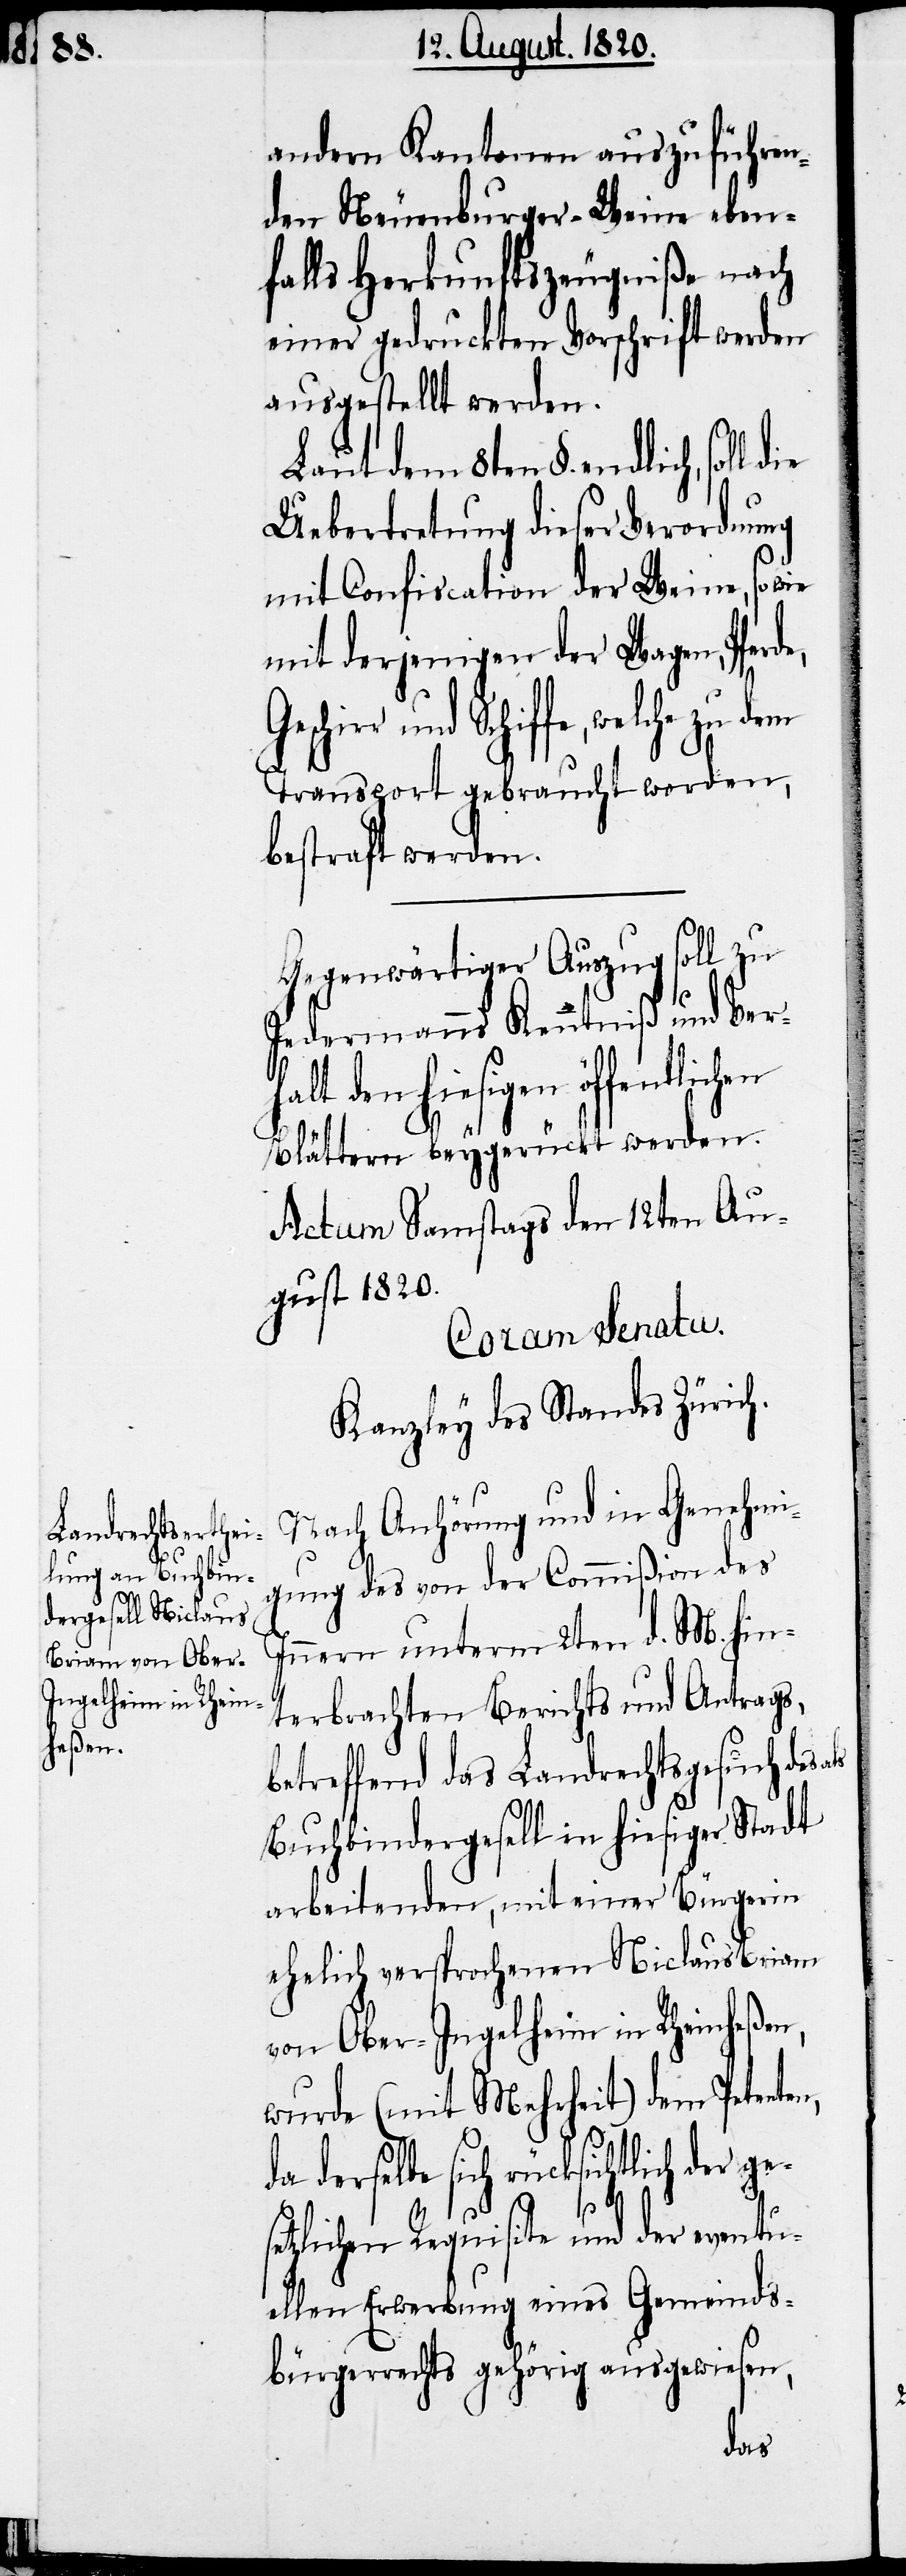
Gesc¬

andern Kantonen auszuführen¬
den Neuenburger-Weine eben¬
falls Herkunftszeugniße nach
einer gedruckten Vorschrift werden
ausgestellt werden.
Uebertretung dieser Verordnung
mit Confiscation der Weine, sowie
mit derjenigen der Wagen, Pfer¬
hirr und Schiffe, welche zu
Transport gebraucht werden,
bestraft werden.
Gegenwärtiger Auszug soll zu
Jedermanns Kenntniß und Verh¬
alt den hiesigen
Blättern beygerückt werden.
Actum Samstag den 12ten Au¬
gust 1820.
Coram Senatu.
Kanzley des Standes Zürich.
Nach Anhörung und in Genehmi¬
gung des von der Commißion des
Innern unterm 2ten d. M. hin¬
terbrachten Berichts und Antrags,
betreffend das Landrechtsgesuch des
Buchbindergesell in hiesiger Stadt
arbeitenden, mit einer Bürgerin
ehelich versprochenen Niclaus Briam
von Ober-Ingelheim in Rheinfelden,
wurde (mit Mehrheit) dem Petente¬
n,
da derselbe sich rücksichtlich der ge¬
setzlichen Requisite und der eventu¬
ellen Erwerbung eines Gemeinds¬
bürgerrechts gehörig ausgewiesen,
de,